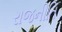
રાજનીતિ